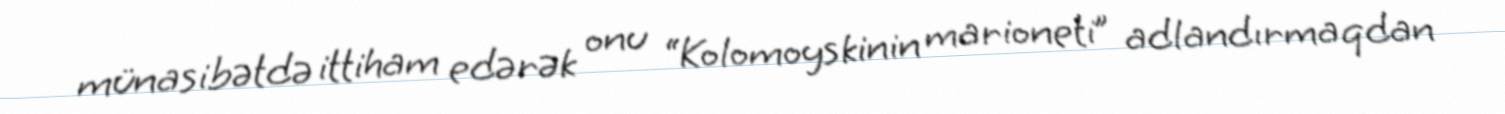
münasibətdə ittiham edərək onu “Kolomoyskinin marioneti” adlandırmaqdan